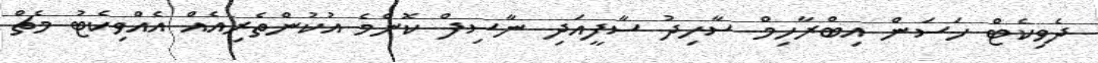
ދެވިކެޓް ހަސަން އިބްރާހިމް ސާހިދު ސާފީއަދި ނާސިފް ކޮންމެ އުކުންތެރިއެއް އެއްވިކެޓު މެޗް